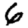
Digit: 6